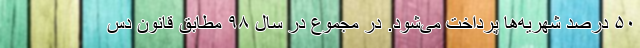
۵۰ درصد شهریه‌ها پرداخت می‌شود. در مجموع در سال ۹۸ مطابق قانون دس